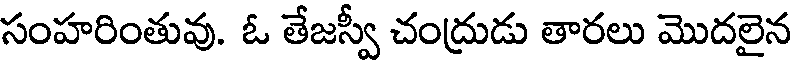
సంహరింతువు. ఓ తేజస్వీ చంద్రుడు తారలు మొదలైన